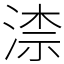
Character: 渿